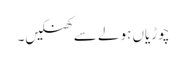
چوڑیاں ہولے سے کھنکیں۔